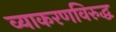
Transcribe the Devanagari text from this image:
व्याकरणविरुद्ध